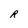
Character: R